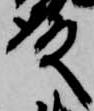
殿